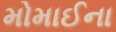
મોમાઈના